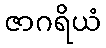
ဇာဂရိယံ